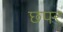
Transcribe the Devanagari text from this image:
छपर